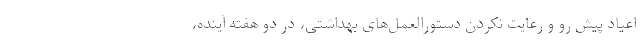
اعیاد پیش رو و رعایت نکردن دستورالعمل‌های بهداشتی، در دو هفته آینده،